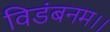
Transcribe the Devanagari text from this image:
विडंबनम।।